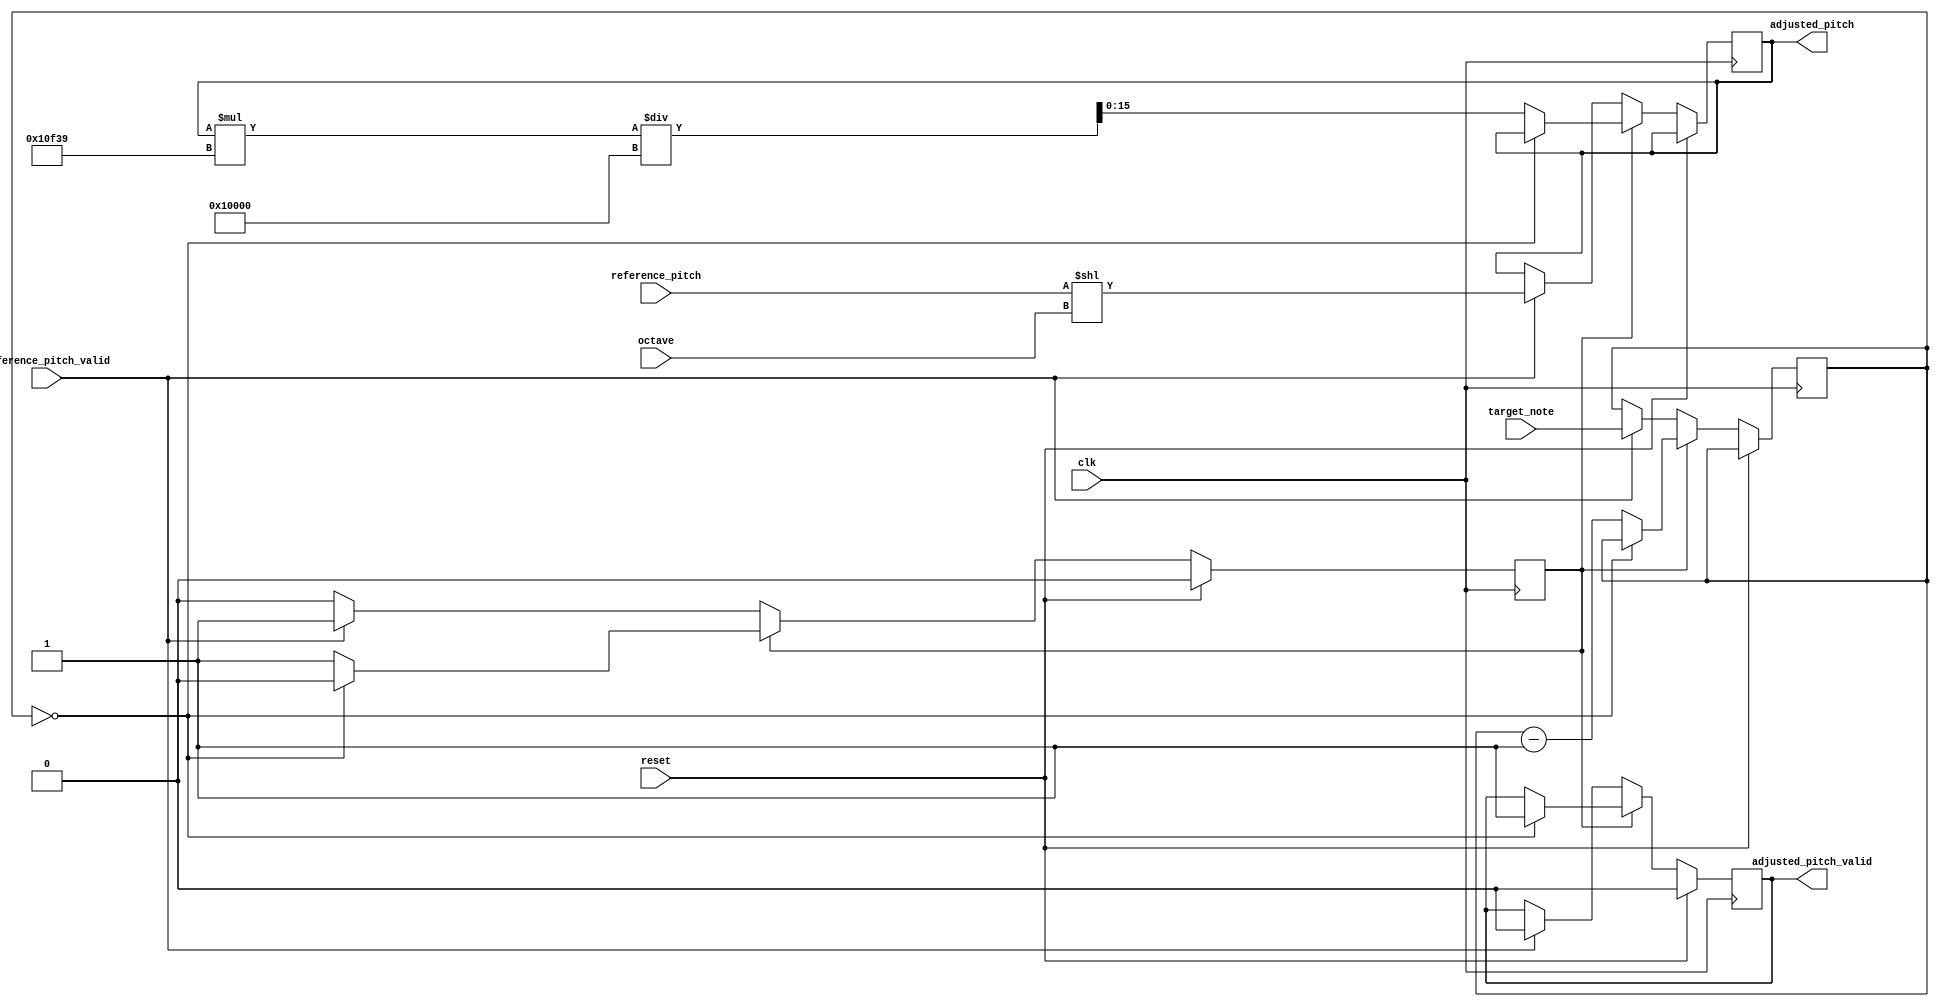
module pitch_adjuster(
    input clk,
    input reset,

    input reference_pitch_valid,
    input [15:0] reference_pitch,
    input [3:0] target_note,
    input [1:0] octave,

    output reg [15:0] adjusted_pitch,
    output reg adjusted_pitch_valid
);
    localparam [31:0] sqrt2_12 = 32'h10f39;

    reg [3:0] note_delta;

    reg adjusting;

    always @(posedge clk) begin
        if (reset) begin
            adjusted_pitch_valid <= 0;
            adjusting <= 0;
        end else if (adjusting) begin
            if (note_delta == 0) begin
                adjusting <= 0;
                adjusted_pitch_valid <= 1;
            end else begin
                adjusted_pitch <= (adjusted_pitch * sqrt2_12) / 32'h10000;
                note_delta <= note_delta - 1;
            end
        end else if (reference_pitch_valid) begin
            // It's assumed the reference note is always C (encoded as 0)
            note_delta <= target_note;
            adjusted_pitch <= reference_pitch << octave;

            adjusted_pitch_valid <= 0;
            adjusting <= 1;
        end
    end

endmodule